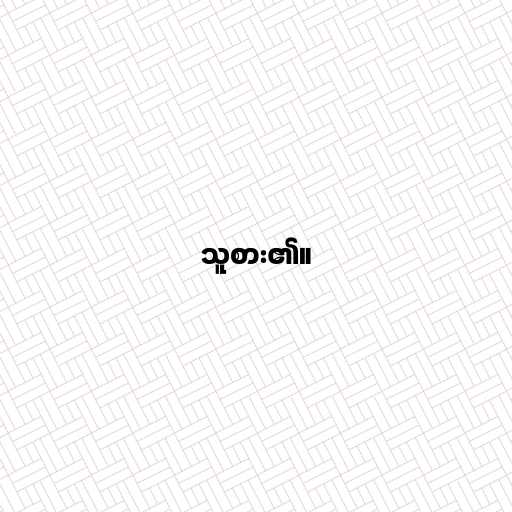
သူစား၏။